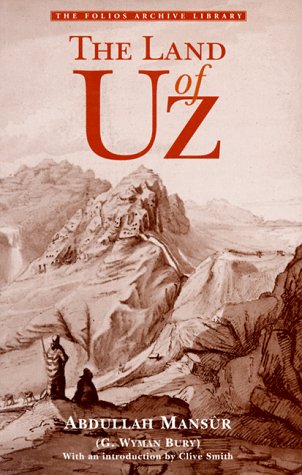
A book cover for The Land of Uz; Abdullah Mansur; Travel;